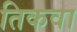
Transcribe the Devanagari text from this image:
तिकवा